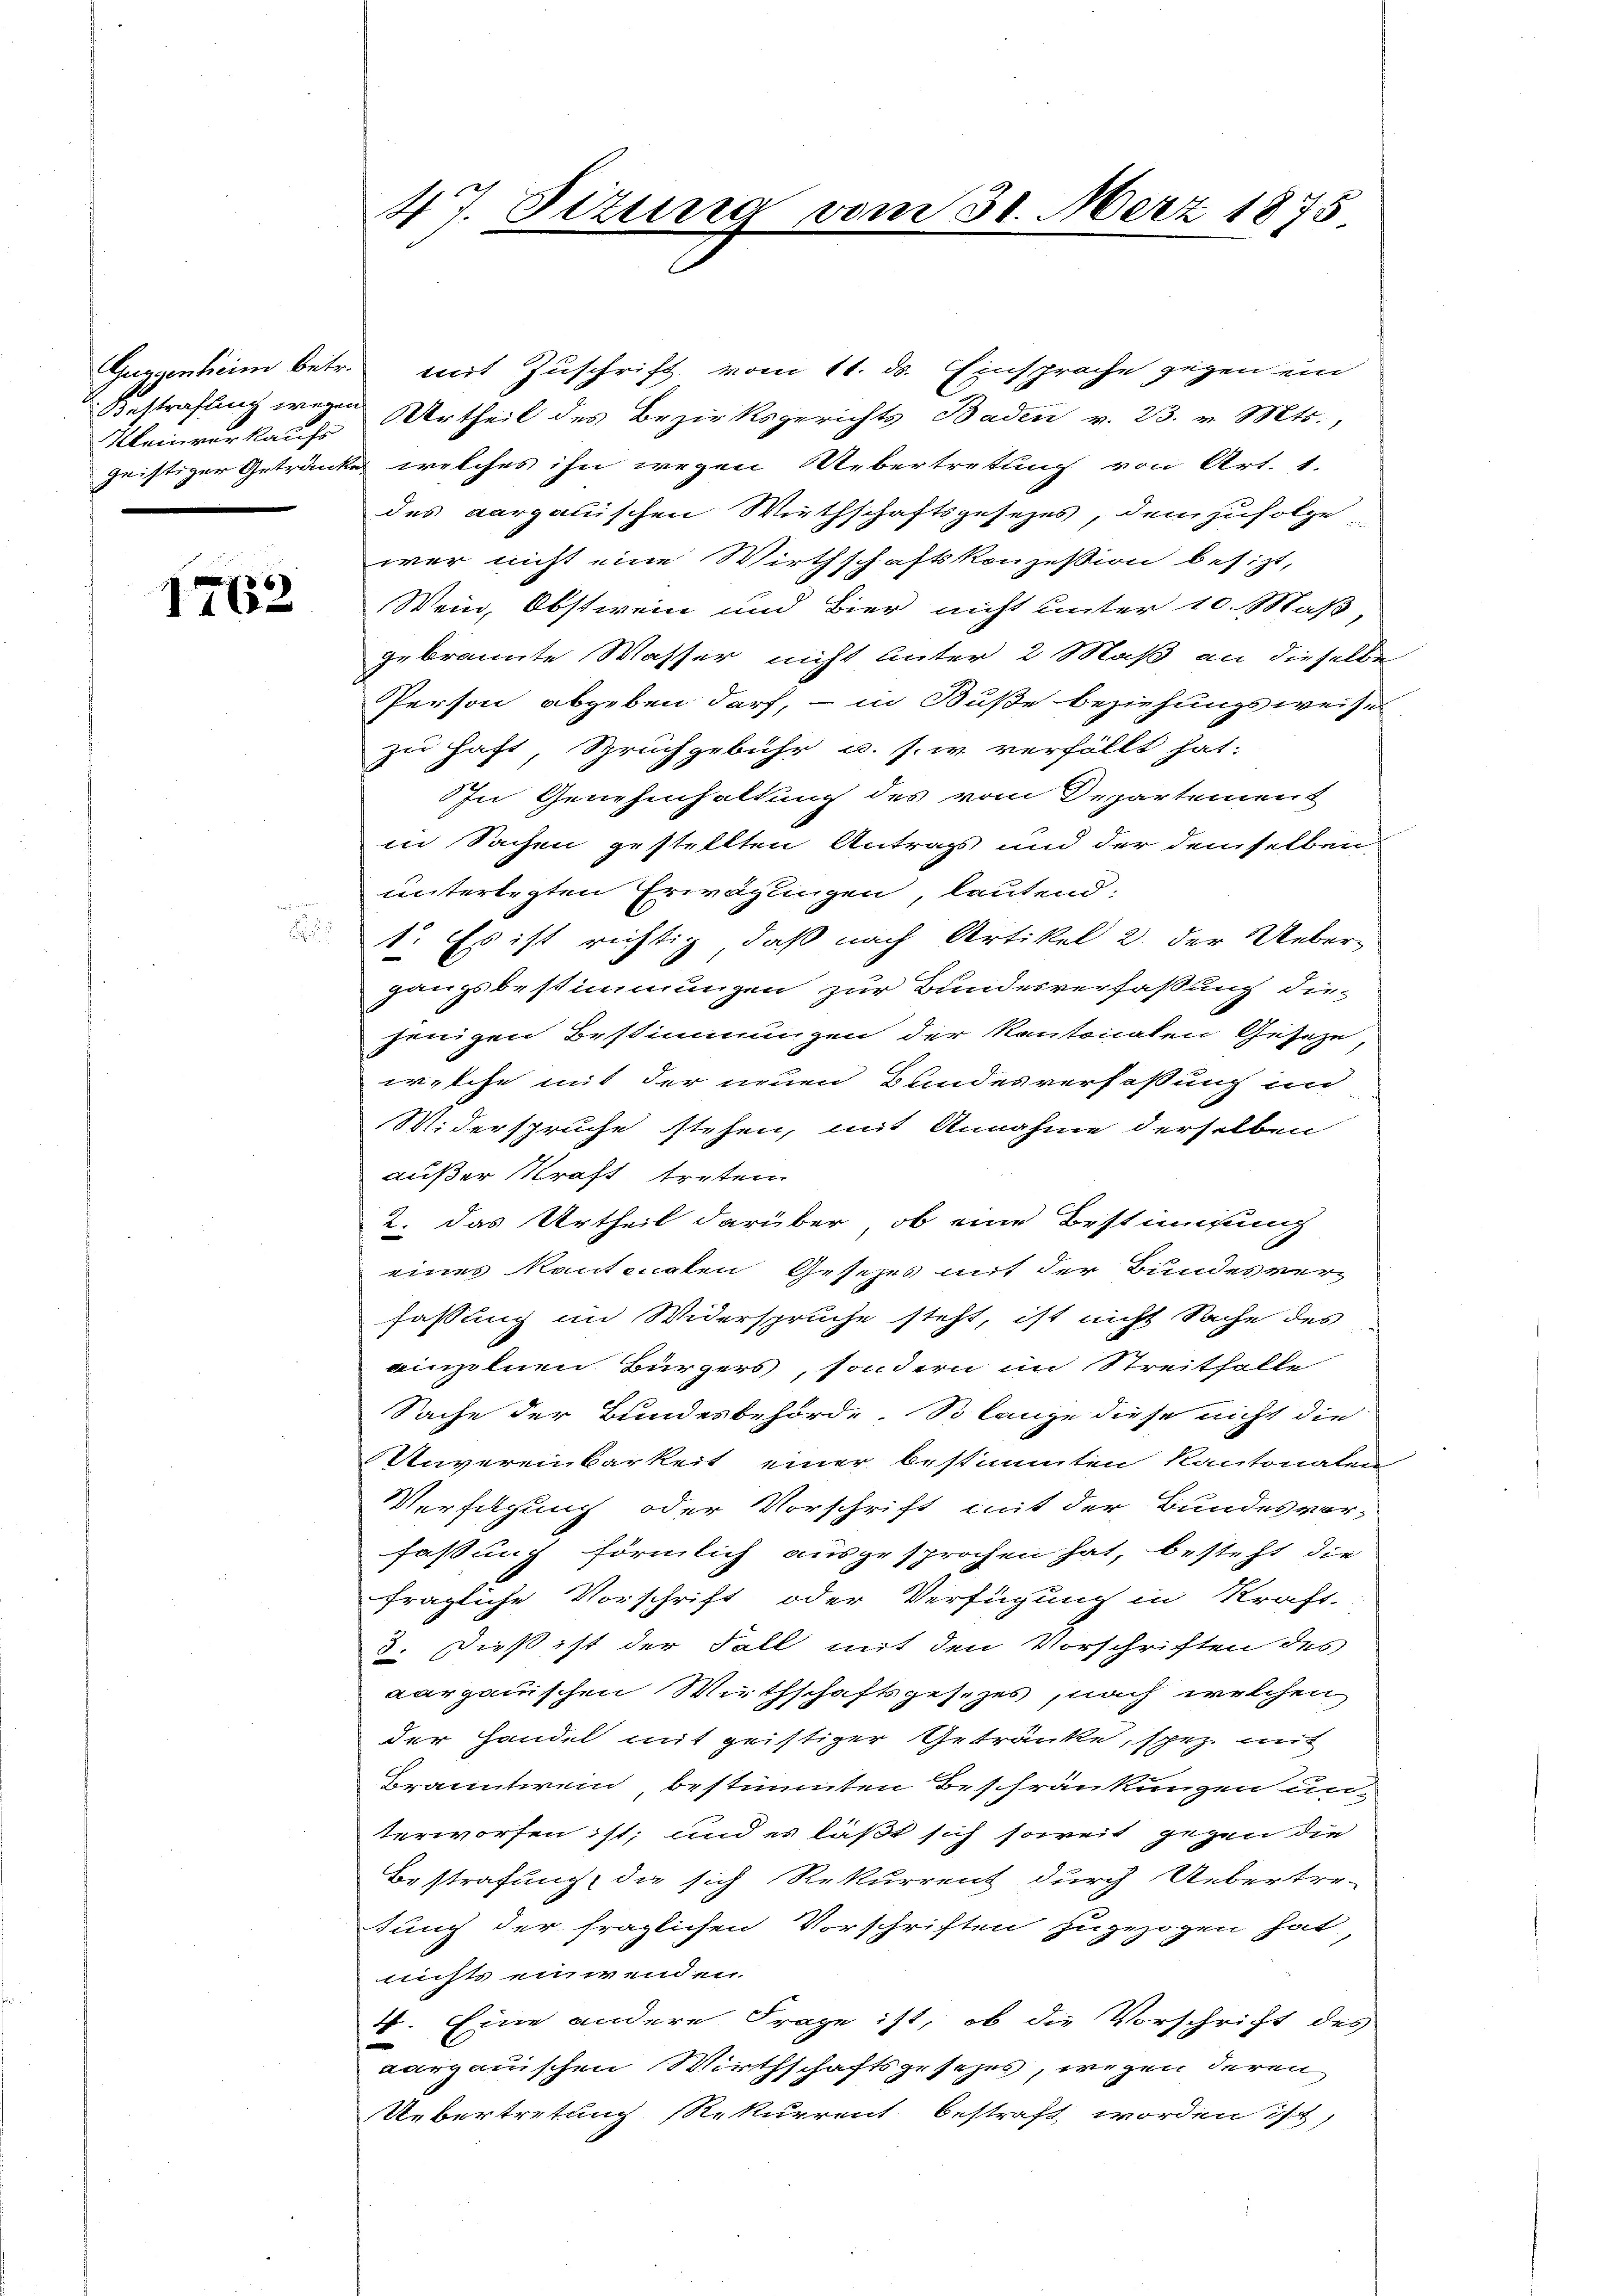
Guggenheim betr.
Bestrafung wegen
Kleinverkaufs

1762

47. Sizung vom 30. März 1875

mit Zuschrift vom 11. ds. Einsprache gegen ein
Urtheil des Bezirksgerichts Baden v. 23. v. Mts.,
gristiger Getränke welches ihn wegen Uebertretung von Art. 1.
des aargauischen Wirthschaftsgesezes, demzufolge
wer nicht eine Wirthschaftskonzession besizt,
Wein, Obstwein und Bier nicht unter 10. Maß
gebrannte Wasser nicht unter 2 Maß an dieselbe
Person abgeben darf, – in Buße beziehungsweise
zu haft, Spruchgebühr u. s. w. verfällt hat.
In Genehmhaltung des vom Departement
in Sachen gestellten Antrags und der demselben
unterlegten Erwäglingen, lautend:
1. Es ist richtig, daß nach Artikel 2. der Uebergangsbestimmungen zur Bundesverfassung die-
jenigen Bestimmungen der Kantonalen Gesetze,
welche mit der neuen Bundesverfassung im
Widerspruche stehen, mit Annahme derselben
außer Kraft treten
2. das Urtheil darüber, ob eine Bestimmung
eines Kantonalen Gesezes mit der Bundesverz
fassung im Widerspruche steht, ist nicht Sache des
einzelnen Bürgers, sondern in Streithalle
Sache der Bundesbehörde. So lange diese nicht die
Unvereinbarkeit einer bestimmten Kantonalen
Verfügung oder Vorschrift mit der Bundesvor-
faßung förmlich ausgesprochen hat, besteht die
fragliche Vorschrift oder Verfügung in Kraft-
3. Dieß ist der Fall mit den Vorschriften des
aargauischen Wirthschaftsgesezes, nach welchen
der Handel mit geistiger Getränke, schez mit
Branntwein bestimmten Beschränkungen un-
terworfen ist; und es läßt sich soweit gegen die
Bestrafung, die sich Rekurrent durch Uebertre-
tung der fraglichen Vorschriften zugezogen hat,
nichts einwenden.
4. Eine andere Frage ist, ob die Vorschrift des
aargauischen Wirthschaftsgesezes, wegen deren
Uebertretung Rekurrent bestraft worden ist,